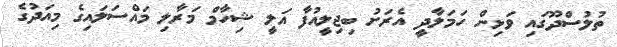
ތުލުސްދޫގައި ވަޅިން ހަމަލާދީ އެރަށު ބިޖިލީއުފާ އަލީ ޝިހާމް މަރާލި މައްސަލައިގެ މިއަދުގެ